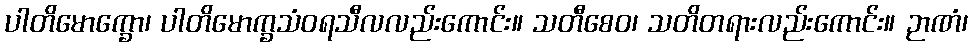
ပါတိမောက္ခော၊ ပါတိမောက္ခသံဝရသီလလည်းကောင်း။ သတီစေဝ၊ သတိတရားလည်းကောင်း။ ဉာဏံ၊